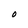
Character: O